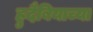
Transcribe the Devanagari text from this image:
हुदैबियाच्या